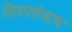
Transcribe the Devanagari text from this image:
दिवसांचाच